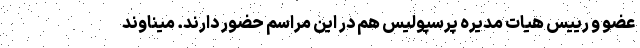
عضو و رییس هیات مدیره پرسپولیس هم در این مراسم حضور دارند. میناوند